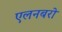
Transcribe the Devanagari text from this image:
एलनबरो